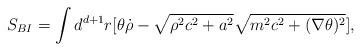
LaTeX: \begin{align*}S_{BI} = \int d^{d+1} r [\theta \dot{\rho} - \sqrt{\rho^2 c^2 + a^2} \sqrt{m^2 c^2+ (\nabla \theta)^2}],\end{align*}